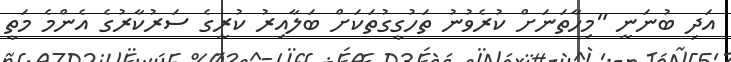
އަދި ބުނަނީ "މިހާތަނަށް ކުރެވުނު ތަހުގީގުތަކަށް ބަލާއިރު ކުރީގެ ސަރުކާރުގެ އެންމެ މަތީ